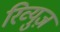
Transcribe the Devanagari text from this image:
रिव्युज़